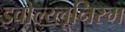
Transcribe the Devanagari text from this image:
इवोल्य्लूनिस्म